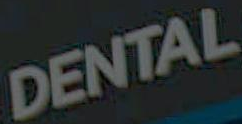
DENTAL